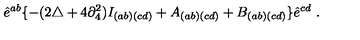
\hat { e } ^ { a b } \{ - ( 2 \triangle + 4 \partial _ { 4 } ^ { 2 } ) I _ { ( a b ) ( c d ) } + A _ { ( a b ) ( c d ) } + B _ { ( a b ) ( c d ) } \} \hat { e } ^ { c d } \ .